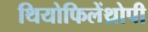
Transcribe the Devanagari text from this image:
थियोफिलेंथ्रोपी